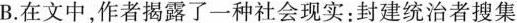
B.在文中，作者揭露了一种社会现实；封建统治者搜集